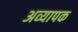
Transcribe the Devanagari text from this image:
अव्यापक